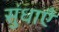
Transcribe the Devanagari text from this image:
सुंधाएँ